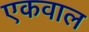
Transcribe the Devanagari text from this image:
एकवाल